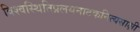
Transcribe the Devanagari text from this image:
विश्वस्थितिप्रलयनाटकनित्यसाक्षी